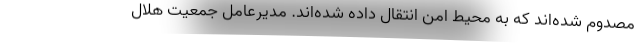
مصدوم شده‌اند که به محیط امن انتقال داده شده‌اند. مدیرعامل جمعیت هلال